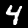
Digit: 4